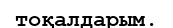
тоқалдарым.